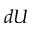
d U